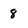
Character: 8